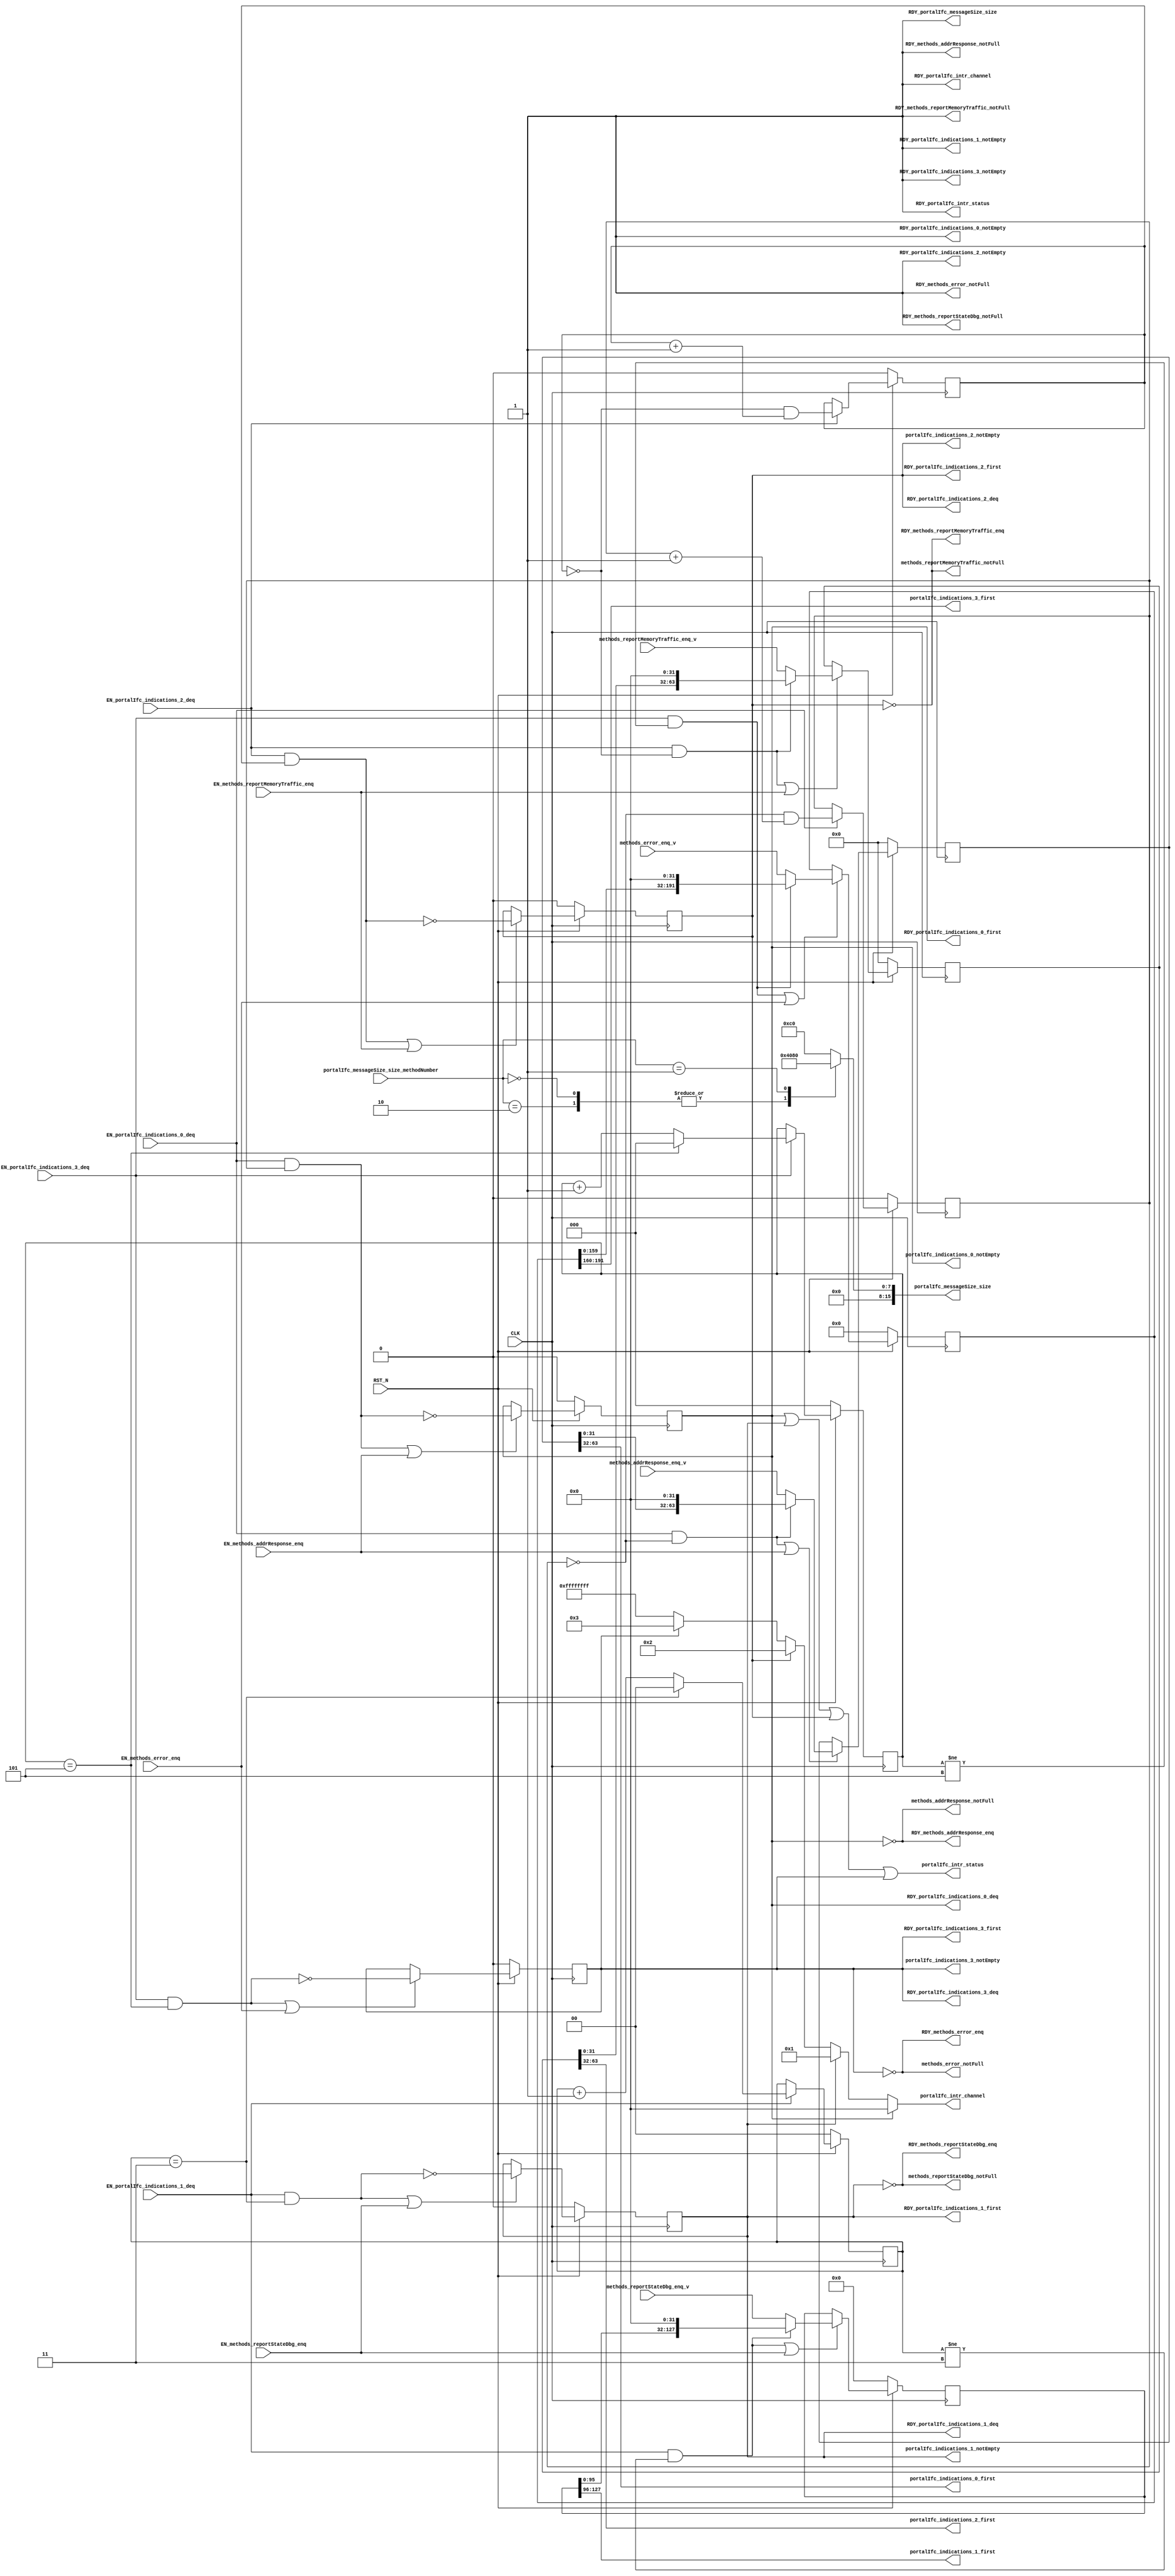
//
// Generated by Bluespec Compiler, version 2023.01 (build 52adafa5)
//
// timestamp removed
//
// BVI format method schedule info:
// schedule methods_addrResponse_enq  CF ( methods_reportStateDbg_enq,
// 					methods_reportStateDbg_notFull,
// 					methods_reportMemoryTraffic_enq,
// 					methods_reportMemoryTraffic_notFull,
// 					methods_error_enq,
// 					methods_error_notFull,
// 					portalIfc_messageSize_size,
// 					portalIfc_indications_0_first,
// 					portalIfc_indications_0_deq,
// 					portalIfc_indications_1_first,
// 					portalIfc_indications_1_deq,
// 					portalIfc_indications_1_notEmpty,
// 					portalIfc_indications_2_first,
// 					portalIfc_indications_2_deq,
// 					portalIfc_indications_2_notEmpty,
// 					portalIfc_indications_3_first,
// 					portalIfc_indications_3_deq,
// 					portalIfc_indications_3_notEmpty );
// schedule methods_addrResponse_enq  C ( methods_addrResponse_enq );
//
// schedule methods_addrResponse_notFull  CF ( methods_addrResponse_notFull,
// 					    methods_reportStateDbg_enq,
// 					    methods_reportStateDbg_notFull,
// 					    methods_reportMemoryTraffic_enq,
// 					    methods_reportMemoryTraffic_notFull,
// 					    methods_error_enq,
// 					    methods_error_notFull,
// 					    portalIfc_messageSize_size,
// 					    portalIfc_indications_0_first,
// 					    portalIfc_indications_0_notEmpty,
// 					    portalIfc_indications_1_first,
// 					    portalIfc_indications_1_deq,
// 					    portalIfc_indications_1_notEmpty,
// 					    portalIfc_indications_2_first,
// 					    portalIfc_indications_2_deq,
// 					    portalIfc_indications_2_notEmpty,
// 					    portalIfc_indications_3_first,
// 					    portalIfc_indications_3_deq,
// 					    portalIfc_indications_3_notEmpty,
// 					    portalIfc_intr_status,
// 					    portalIfc_intr_channel );
// schedule methods_addrResponse_notFull  SB ( methods_addrResponse_enq,
// 					    portalIfc_indications_0_deq );
//
// schedule methods_reportStateDbg_enq  CF ( methods_addrResponse_enq,
// 					  methods_addrResponse_notFull,
// 					  methods_reportMemoryTraffic_enq,
// 					  methods_reportMemoryTraffic_notFull,
// 					  methods_error_enq,
// 					  methods_error_notFull,
// 					  portalIfc_messageSize_size,
// 					  portalIfc_indications_0_first,
// 					  portalIfc_indications_0_deq,
// 					  portalIfc_indications_0_notEmpty,
// 					  portalIfc_indications_1_first,
// 					  portalIfc_indications_1_deq,
// 					  portalIfc_indications_2_first,
// 					  portalIfc_indications_2_deq,
// 					  portalIfc_indications_2_notEmpty,
// 					  portalIfc_indications_3_first,
// 					  portalIfc_indications_3_deq,
// 					  portalIfc_indications_3_notEmpty );
// schedule methods_reportStateDbg_enq  C ( methods_reportStateDbg_enq );
//
// schedule methods_reportStateDbg_notFull  CF ( methods_addrResponse_enq,
// 					      methods_addrResponse_notFull,
// 					      methods_reportStateDbg_notFull,
// 					      methods_reportMemoryTraffic_enq,
// 					      methods_reportMemoryTraffic_notFull,
// 					      methods_error_enq,
// 					      methods_error_notFull,
// 					      portalIfc_messageSize_size,
// 					      portalIfc_indications_0_first,
// 					      portalIfc_indications_0_deq,
// 					      portalIfc_indications_0_notEmpty,
// 					      portalIfc_indications_1_first,
// 					      portalIfc_indications_1_notEmpty,
// 					      portalIfc_indications_2_first,
// 					      portalIfc_indications_2_deq,
// 					      portalIfc_indications_2_notEmpty,
// 					      portalIfc_indications_3_first,
// 					      portalIfc_indications_3_deq,
// 					      portalIfc_indications_3_notEmpty,
// 					      portalIfc_intr_status,
// 					      portalIfc_intr_channel );
// schedule methods_reportStateDbg_notFull  SB ( methods_reportStateDbg_enq,
// 					      portalIfc_indications_1_deq );
//
// schedule methods_reportMemoryTraffic_enq  CF ( methods_addrResponse_enq,
// 					       methods_addrResponse_notFull,
// 					       methods_reportStateDbg_enq,
// 					       methods_reportStateDbg_notFull,
// 					       methods_error_enq,
// 					       methods_error_notFull,
// 					       portalIfc_messageSize_size,
// 					       portalIfc_indications_0_first,
// 					       portalIfc_indications_0_deq,
// 					       portalIfc_indications_0_notEmpty,
// 					       portalIfc_indications_1_first,
// 					       portalIfc_indications_1_deq,
// 					       portalIfc_indications_1_notEmpty,
// 					       portalIfc_indications_2_first,
// 					       portalIfc_indications_2_deq,
// 					       portalIfc_indications_3_first,
// 					       portalIfc_indications_3_deq,
// 					       portalIfc_indications_3_notEmpty );
// schedule methods_reportMemoryTraffic_enq  C ( methods_reportMemoryTraffic_enq );
//
// schedule methods_reportMemoryTraffic_notFull  CF ( methods_addrResponse_enq,
// 						   methods_addrResponse_notFull,
// 						   methods_reportStateDbg_enq,
// 						   methods_reportStateDbg_notFull,
// 						   methods_reportMemoryTraffic_notFull,
// 						   methods_error_enq,
// 						   methods_error_notFull,
// 						   portalIfc_messageSize_size,
// 						   portalIfc_indications_0_first,
// 						   portalIfc_indications_0_deq,
// 						   portalIfc_indications_0_notEmpty,
// 						   portalIfc_indications_1_first,
// 						   portalIfc_indications_1_deq,
// 						   portalIfc_indications_1_notEmpty,
// 						   portalIfc_indications_2_first,
// 						   portalIfc_indications_2_notEmpty,
// 						   portalIfc_indications_3_first,
// 						   portalIfc_indications_3_deq,
// 						   portalIfc_indications_3_notEmpty,
// 						   portalIfc_intr_status,
// 						   portalIfc_intr_channel );
// schedule methods_reportMemoryTraffic_notFull  SB ( methods_reportMemoryTraffic_enq,
// 						   portalIfc_indications_2_deq );
//
// schedule methods_error_enq  CF ( methods_addrResponse_enq,
// 				 methods_addrResponse_notFull,
// 				 methods_reportStateDbg_enq,
// 				 methods_reportStateDbg_notFull,
// 				 methods_reportMemoryTraffic_enq,
// 				 methods_reportMemoryTraffic_notFull,
// 				 portalIfc_messageSize_size,
// 				 portalIfc_indications_0_first,
// 				 portalIfc_indications_0_deq,
// 				 portalIfc_indications_0_notEmpty,
// 				 portalIfc_indications_1_first,
// 				 portalIfc_indications_1_deq,
// 				 portalIfc_indications_1_notEmpty,
// 				 portalIfc_indications_2_first,
// 				 portalIfc_indications_2_deq,
// 				 portalIfc_indications_2_notEmpty,
// 				 portalIfc_indications_3_first,
// 				 portalIfc_indications_3_deq );
// schedule methods_error_enq  C ( methods_error_enq );
//
// schedule methods_error_notFull  CF ( methods_addrResponse_enq,
// 				     methods_addrResponse_notFull,
// 				     methods_reportStateDbg_enq,
// 				     methods_reportStateDbg_notFull,
// 				     methods_reportMemoryTraffic_enq,
// 				     methods_reportMemoryTraffic_notFull,
// 				     methods_error_notFull,
// 				     portalIfc_messageSize_size,
// 				     portalIfc_indications_0_first,
// 				     portalIfc_indications_0_deq,
// 				     portalIfc_indications_0_notEmpty,
// 				     portalIfc_indications_1_first,
// 				     portalIfc_indications_1_deq,
// 				     portalIfc_indications_1_notEmpty,
// 				     portalIfc_indications_2_first,
// 				     portalIfc_indications_2_deq,
// 				     portalIfc_indications_2_notEmpty,
// 				     portalIfc_indications_3_first,
// 				     portalIfc_indications_3_notEmpty,
// 				     portalIfc_intr_status,
// 				     portalIfc_intr_channel );
// schedule methods_error_notFull  SB ( methods_error_enq,
// 				     portalIfc_indications_3_deq );
//
// schedule portalIfc_messageSize_size  CF ( methods_addrResponse_enq,
// 					  methods_addrResponse_notFull,
// 					  methods_reportStateDbg_enq,
// 					  methods_reportStateDbg_notFull,
// 					  methods_reportMemoryTraffic_enq,
// 					  methods_reportMemoryTraffic_notFull,
// 					  methods_error_enq,
// 					  methods_error_notFull,
// 					  portalIfc_messageSize_size,
// 					  portalIfc_indications_0_first,
// 					  portalIfc_indications_0_deq,
// 					  portalIfc_indications_0_notEmpty,
// 					  portalIfc_indications_1_first,
// 					  portalIfc_indications_1_deq,
// 					  portalIfc_indications_1_notEmpty,
// 					  portalIfc_indications_2_first,
// 					  portalIfc_indications_2_deq,
// 					  portalIfc_indications_2_notEmpty,
// 					  portalIfc_indications_3_first,
// 					  portalIfc_indications_3_deq,
// 					  portalIfc_indications_3_notEmpty,
// 					  portalIfc_intr_status,
// 					  portalIfc_intr_channel );
//
// schedule portalIfc_indications_0_first  CF ( methods_addrResponse_enq,
// 					     methods_addrResponse_notFull,
// 					     methods_reportStateDbg_enq,
// 					     methods_reportStateDbg_notFull,
// 					     methods_reportMemoryTraffic_enq,
// 					     methods_reportMemoryTraffic_notFull,
// 					     methods_error_enq,
// 					     methods_error_notFull,
// 					     portalIfc_messageSize_size,
// 					     portalIfc_indications_0_first,
// 					     portalIfc_indications_0_notEmpty,
// 					     portalIfc_indications_1_first,
// 					     portalIfc_indications_1_deq,
// 					     portalIfc_indications_1_notEmpty,
// 					     portalIfc_indications_2_first,
// 					     portalIfc_indications_2_deq,
// 					     portalIfc_indications_2_notEmpty,
// 					     portalIfc_indications_3_first,
// 					     portalIfc_indications_3_deq,
// 					     portalIfc_indications_3_notEmpty,
// 					     portalIfc_intr_status,
// 					     portalIfc_intr_channel );
// schedule portalIfc_indications_0_first  SB ( portalIfc_indications_0_deq );
//
// schedule portalIfc_indications_0_deq  CF ( methods_addrResponse_enq,
// 					   methods_reportStateDbg_enq,
// 					   methods_reportStateDbg_notFull,
// 					   methods_reportMemoryTraffic_enq,
// 					   methods_reportMemoryTraffic_notFull,
// 					   methods_error_enq,
// 					   methods_error_notFull,
// 					   portalIfc_messageSize_size,
// 					   portalIfc_indications_1_first,
// 					   portalIfc_indications_1_deq,
// 					   portalIfc_indications_1_notEmpty,
// 					   portalIfc_indications_2_first,
// 					   portalIfc_indications_2_deq,
// 					   portalIfc_indications_2_notEmpty,
// 					   portalIfc_indications_3_first,
// 					   portalIfc_indications_3_deq,
// 					   portalIfc_indications_3_notEmpty );
// schedule portalIfc_indications_0_deq  C ( portalIfc_indications_0_deq );
//
// schedule portalIfc_indications_0_notEmpty  CF ( methods_addrResponse_notFull,
// 						methods_reportStateDbg_enq,
// 						methods_reportStateDbg_notFull,
// 						methods_reportMemoryTraffic_enq,
// 						methods_reportMemoryTraffic_notFull,
// 						methods_error_enq,
// 						methods_error_notFull,
// 						portalIfc_messageSize_size,
// 						portalIfc_indications_0_first,
// 						portalIfc_indications_0_notEmpty,
// 						portalIfc_indications_1_first,
// 						portalIfc_indications_1_deq,
// 						portalIfc_indications_1_notEmpty,
// 						portalIfc_indications_2_first,
// 						portalIfc_indications_2_deq,
// 						portalIfc_indications_2_notEmpty,
// 						portalIfc_indications_3_first,
// 						portalIfc_indications_3_deq,
// 						portalIfc_indications_3_notEmpty,
// 						portalIfc_intr_status,
// 						portalIfc_intr_channel );
// schedule portalIfc_indications_0_notEmpty  SB ( methods_addrResponse_enq,
// 						portalIfc_indications_0_deq );
//
// schedule portalIfc_indications_1_first  CF ( methods_addrResponse_enq,
// 					     methods_addrResponse_notFull,
// 					     methods_reportStateDbg_enq,
// 					     methods_reportStateDbg_notFull,
// 					     methods_reportMemoryTraffic_enq,
// 					     methods_reportMemoryTraffic_notFull,
// 					     methods_error_enq,
// 					     methods_error_notFull,
// 					     portalIfc_messageSize_size,
// 					     portalIfc_indications_0_first,
// 					     portalIfc_indications_0_deq,
// 					     portalIfc_indications_0_notEmpty,
// 					     portalIfc_indications_1_first,
// 					     portalIfc_indications_1_notEmpty,
// 					     portalIfc_indications_2_first,
// 					     portalIfc_indications_2_deq,
// 					     portalIfc_indications_2_notEmpty,
// 					     portalIfc_indications_3_first,
// 					     portalIfc_indications_3_deq,
// 					     portalIfc_indications_3_notEmpty,
// 					     portalIfc_intr_status,
// 					     portalIfc_intr_channel );
// schedule portalIfc_indications_1_first  SB ( portalIfc_indications_1_deq );
//
// schedule portalIfc_indications_1_deq  CF ( methods_addrResponse_enq,
// 					   methods_addrResponse_notFull,
// 					   methods_reportStateDbg_enq,
// 					   methods_reportMemoryTraffic_enq,
// 					   methods_reportMemoryTraffic_notFull,
// 					   methods_error_enq,
// 					   methods_error_notFull,
// 					   portalIfc_messageSize_size,
// 					   portalIfc_indications_0_first,
// 					   portalIfc_indications_0_deq,
// 					   portalIfc_indications_0_notEmpty,
// 					   portalIfc_indications_2_first,
// 					   portalIfc_indications_2_deq,
// 					   portalIfc_indications_2_notEmpty,
// 					   portalIfc_indications_3_first,
// 					   portalIfc_indications_3_deq,
// 					   portalIfc_indications_3_notEmpty );
// schedule portalIfc_indications_1_deq  C ( portalIfc_indications_1_deq );
//
// schedule portalIfc_indications_1_notEmpty  CF ( methods_addrResponse_enq,
// 						methods_addrResponse_notFull,
// 						methods_reportStateDbg_notFull,
// 						methods_reportMemoryTraffic_enq,
// 						methods_reportMemoryTraffic_notFull,
// 						methods_error_enq,
// 						methods_error_notFull,
// 						portalIfc_messageSize_size,
// 						portalIfc_indications_0_first,
// 						portalIfc_indications_0_deq,
// 						portalIfc_indications_0_notEmpty,
// 						portalIfc_indications_1_first,
// 						portalIfc_indications_1_notEmpty,
// 						portalIfc_indications_2_first,
// 						portalIfc_indications_2_deq,
// 						portalIfc_indications_2_notEmpty,
// 						portalIfc_indications_3_first,
// 						portalIfc_indications_3_deq,
// 						portalIfc_indications_3_notEmpty,
// 						portalIfc_intr_status,
// 						portalIfc_intr_channel );
// schedule portalIfc_indications_1_notEmpty  SB ( methods_reportStateDbg_enq,
// 						portalIfc_indications_1_deq );
//
// schedule portalIfc_indications_2_first  CF ( methods_addrResponse_enq,
// 					     methods_addrResponse_notFull,
// 					     methods_reportStateDbg_enq,
// 					     methods_reportStateDbg_notFull,
// 					     methods_reportMemoryTraffic_enq,
// 					     methods_reportMemoryTraffic_notFull,
// 					     methods_error_enq,
// 					     methods_error_notFull,
// 					     portalIfc_messageSize_size,
// 					     portalIfc_indications_0_first,
// 					     portalIfc_indications_0_deq,
// 					     portalIfc_indications_0_notEmpty,
// 					     portalIfc_indications_1_first,
// 					     portalIfc_indications_1_deq,
// 					     portalIfc_indications_1_notEmpty,
// 					     portalIfc_indications_2_first,
// 					     portalIfc_indications_2_notEmpty,
// 					     portalIfc_indications_3_first,
// 					     portalIfc_indications_3_deq,
// 					     portalIfc_indications_3_notEmpty,
// 					     portalIfc_intr_status,
// 					     portalIfc_intr_channel );
// schedule portalIfc_indications_2_first  SB ( portalIfc_indications_2_deq );
//
// schedule portalIfc_indications_2_deq  CF ( methods_addrResponse_enq,
// 					   methods_addrResponse_notFull,
// 					   methods_reportStateDbg_enq,
// 					   methods_reportStateDbg_notFull,
// 					   methods_reportMemoryTraffic_enq,
// 					   methods_error_enq,
// 					   methods_error_notFull,
// 					   portalIfc_messageSize_size,
// 					   portalIfc_indications_0_first,
// 					   portalIfc_indications_0_deq,
// 					   portalIfc_indications_0_notEmpty,
// 					   portalIfc_indications_1_first,
// 					   portalIfc_indications_1_deq,
// 					   portalIfc_indications_1_notEmpty,
// 					   portalIfc_indications_3_first,
// 					   portalIfc_indications_3_deq,
// 					   portalIfc_indications_3_notEmpty );
// schedule portalIfc_indications_2_deq  C ( portalIfc_indications_2_deq );
//
// schedule portalIfc_indications_2_notEmpty  CF ( methods_addrResponse_enq,
// 						methods_addrResponse_notFull,
// 						methods_reportStateDbg_enq,
// 						methods_reportStateDbg_notFull,
// 						methods_reportMemoryTraffic_notFull,
// 						methods_error_enq,
// 						methods_error_notFull,
// 						portalIfc_messageSize_size,
// 						portalIfc_indications_0_first,
// 						portalIfc_indications_0_deq,
// 						portalIfc_indications_0_notEmpty,
// 						portalIfc_indications_1_first,
// 						portalIfc_indications_1_deq,
// 						portalIfc_indications_1_notEmpty,
// 						portalIfc_indications_2_first,
// 						portalIfc_indications_2_notEmpty,
// 						portalIfc_indications_3_first,
// 						portalIfc_indications_3_deq,
// 						portalIfc_indications_3_notEmpty,
// 						portalIfc_intr_status,
// 						portalIfc_intr_channel );
// schedule portalIfc_indications_2_notEmpty  SB ( methods_reportMemoryTraffic_enq,
// 						portalIfc_indications_2_deq );
//
// schedule portalIfc_indications_3_first  CF ( methods_addrResponse_enq,
// 					     methods_addrResponse_notFull,
// 					     methods_reportStateDbg_enq,
// 					     methods_reportStateDbg_notFull,
// 					     methods_reportMemoryTraffic_enq,
// 					     methods_reportMemoryTraffic_notFull,
// 					     methods_error_enq,
// 					     methods_error_notFull,
// 					     portalIfc_messageSize_size,
// 					     portalIfc_indications_0_first,
// 					     portalIfc_indications_0_deq,
// 					     portalIfc_indications_0_notEmpty,
// 					     portalIfc_indications_1_first,
// 					     portalIfc_indications_1_deq,
// 					     portalIfc_indications_1_notEmpty,
// 					     portalIfc_indications_2_first,
// 					     portalIfc_indications_2_deq,
// 					     portalIfc_indications_2_notEmpty,
// 					     portalIfc_indications_3_first,
// 					     portalIfc_indications_3_notEmpty,
// 					     portalIfc_intr_status,
// 					     portalIfc_intr_channel );
// schedule portalIfc_indications_3_first  SB ( portalIfc_indications_3_deq );
//
// schedule portalIfc_indications_3_deq  CF ( methods_addrResponse_enq,
// 					   methods_addrResponse_notFull,
// 					   methods_reportStateDbg_enq,
// 					   methods_reportStateDbg_notFull,
// 					   methods_reportMemoryTraffic_enq,
// 					   methods_reportMemoryTraffic_notFull,
// 					   methods_error_enq,
// 					   portalIfc_messageSize_size,
// 					   portalIfc_indications_0_first,
// 					   portalIfc_indications_0_deq,
// 					   portalIfc_indications_0_notEmpty,
// 					   portalIfc_indications_1_first,
// 					   portalIfc_indications_1_deq,
// 					   portalIfc_indications_1_notEmpty,
// 					   portalIfc_indications_2_first,
// 					   portalIfc_indications_2_deq,
// 					   portalIfc_indications_2_notEmpty );
// schedule portalIfc_indications_3_deq  C ( portalIfc_indications_3_deq );
//
// schedule portalIfc_indications_3_notEmpty  CF ( methods_addrResponse_enq,
// 						methods_addrResponse_notFull,
// 						methods_reportStateDbg_enq,
// 						methods_reportStateDbg_notFull,
// 						methods_reportMemoryTraffic_enq,
// 						methods_reportMemoryTraffic_notFull,
// 						methods_error_notFull,
// 						portalIfc_messageSize_size,
// 						portalIfc_indications_0_first,
// 						portalIfc_indications_0_deq,
// 						portalIfc_indications_0_notEmpty,
// 						portalIfc_indications_1_first,
// 						portalIfc_indications_1_deq,
// 						portalIfc_indications_1_notEmpty,
// 						portalIfc_indications_2_first,
// 						portalIfc_indications_2_deq,
// 						portalIfc_indications_2_notEmpty,
// 						portalIfc_indications_3_first,
// 						portalIfc_indications_3_notEmpty,
// 						portalIfc_intr_status,
// 						portalIfc_intr_channel );
// schedule portalIfc_indications_3_notEmpty  SB ( methods_error_enq,
// 						portalIfc_indications_3_deq );
//
// schedule portalIfc_intr_status  CF ( methods_addrResponse_notFull,
// 				     methods_reportStateDbg_notFull,
// 				     methods_reportMemoryTraffic_notFull,
// 				     methods_error_notFull,
// 				     portalIfc_messageSize_size,
// 				     portalIfc_indications_0_first,
// 				     portalIfc_indications_0_notEmpty,
// 				     portalIfc_indications_1_first,
// 				     portalIfc_indications_1_notEmpty,
// 				     portalIfc_indications_2_first,
// 				     portalIfc_indications_2_notEmpty,
// 				     portalIfc_indications_3_first,
// 				     portalIfc_indications_3_notEmpty,
// 				     portalIfc_intr_status,
// 				     portalIfc_intr_channel );
// schedule portalIfc_intr_status  SB ( methods_addrResponse_enq,
// 				     methods_reportStateDbg_enq,
// 				     methods_reportMemoryTraffic_enq,
// 				     methods_error_enq,
// 				     portalIfc_indications_0_deq,
// 				     portalIfc_indications_1_deq,
// 				     portalIfc_indications_2_deq,
// 				     portalIfc_indications_3_deq );
//
// schedule portalIfc_intr_channel  CF ( methods_addrResponse_notFull,
// 				      methods_reportStateDbg_notFull,
// 				      methods_reportMemoryTraffic_notFull,
// 				      methods_error_notFull,
// 				      portalIfc_messageSize_size,
// 				      portalIfc_indications_0_first,
// 				      portalIfc_indications_0_notEmpty,
// 				      portalIfc_indications_1_first,
// 				      portalIfc_indications_1_notEmpty,
// 				      portalIfc_indications_2_first,
// 				      portalIfc_indications_2_notEmpty,
// 				      portalIfc_indications_3_first,
// 				      portalIfc_indications_3_notEmpty,
// 				      portalIfc_intr_status,
// 				      portalIfc_intr_channel );
// schedule portalIfc_intr_channel  SB ( methods_addrResponse_enq,
// 				      methods_reportStateDbg_enq,
// 				      methods_reportMemoryTraffic_enq,
// 				      methods_error_enq,
// 				      portalIfc_indications_0_deq,
// 				      portalIfc_indications_1_deq,
// 				      portalIfc_indications_2_deq,
// 				      portalIfc_indications_3_deq );
//
//
// Ports:
// Name                         I/O  size props
// RDY_methods_addrResponse_enq   O     1
// methods_addrResponse_notFull   O     1
// RDY_methods_addrResponse_notFull  O     1 const
// RDY_methods_reportStateDbg_enq  O     1
// methods_reportStateDbg_notFull  O     1
// RDY_methods_reportStateDbg_notFull  O     1 const
// RDY_methods_reportMemoryTraffic_enq  O     1
// methods_reportMemoryTraffic_notFull  O     1
// RDY_methods_reportMemoryTraffic_notFull  O     1 const
// RDY_methods_error_enq          O     1
// methods_error_notFull          O     1
// RDY_methods_error_notFull      O     1 const
// portalIfc_messageSize_size     O    16
// RDY_portalIfc_messageSize_size  O     1 const
// portalIfc_indications_0_first  O    32 reg
// RDY_portalIfc_indications_0_first  O     1 reg
// RDY_portalIfc_indications_0_deq  O     1 reg
// portalIfc_indications_0_notEmpty  O     1 reg
// RDY_portalIfc_indications_0_notEmpty  O     1 const
// portalIfc_indications_1_first  O    32 reg
// RDY_portalIfc_indications_1_first  O     1 reg
// RDY_portalIfc_indications_1_deq  O     1 reg
// portalIfc_indications_1_notEmpty  O     1 reg
// RDY_portalIfc_indications_1_notEmpty  O     1 const
// portalIfc_indications_2_first  O    32 reg
// RDY_portalIfc_indications_2_first  O     1 reg
// RDY_portalIfc_indications_2_deq  O     1 reg
// portalIfc_indications_2_notEmpty  O     1 reg
// RDY_portalIfc_indications_2_notEmpty  O     1 const
// portalIfc_indications_3_first  O    32 reg
// RDY_portalIfc_indications_3_first  O     1 reg
// RDY_portalIfc_indications_3_deq  O     1 reg
// portalIfc_indications_3_notEmpty  O     1 reg
// RDY_portalIfc_indications_3_notEmpty  O     1 const
// portalIfc_intr_status          O     1
// RDY_portalIfc_intr_status      O     1 const
// portalIfc_intr_channel         O    32
// RDY_portalIfc_intr_channel     O     1 const
// CLK                            I     1 clock
// RST_N                          I     1 reset
// methods_addrResponse_enq_v     I    64
// methods_reportStateDbg_enq_v   I   128
// methods_reportMemoryTraffic_enq_v  I    64
// methods_error_enq_v            I   192
// portalIfc_messageSize_size_methodNumber  I    16
// EN_methods_addrResponse_enq    I     1
// EN_methods_reportStateDbg_enq  I     1
// EN_methods_reportMemoryTraffic_enq  I     1
// EN_methods_error_enq           I     1
// EN_portalIfc_indications_0_deq  I     1
// EN_portalIfc_indications_1_deq  I     1
// EN_portalIfc_indications_2_deq  I     1
// EN_portalIfc_indications_3_deq  I     1
//
// Combinational paths from inputs to outputs:
//   portalIfc_messageSize_size_methodNumber -> portalIfc_messageSize_size
//
//

`ifdef BSV_ASSIGNMENT_DELAY
`else
  `define BSV_ASSIGNMENT_DELAY
`endif

`ifdef BSV_POSITIVE_RESET
  `define BSV_RESET_VALUE 1'b1
  `define BSV_RESET_EDGE posedge
`else
  `define BSV_RESET_VALUE 1'b0
  `define BSV_RESET_EDGE negedge
`endif

module mkMemServerIndicationOutputPipes(CLK,
					RST_N,

					methods_addrResponse_enq_v,
					EN_methods_addrResponse_enq,
					RDY_methods_addrResponse_enq,

					methods_addrResponse_notFull,
					RDY_methods_addrResponse_notFull,

					methods_reportStateDbg_enq_v,
					EN_methods_reportStateDbg_enq,
					RDY_methods_reportStateDbg_enq,

					methods_reportStateDbg_notFull,
					RDY_methods_reportStateDbg_notFull,

					methods_reportMemoryTraffic_enq_v,
					EN_methods_reportMemoryTraffic_enq,
					RDY_methods_reportMemoryTraffic_enq,

					methods_reportMemoryTraffic_notFull,
					RDY_methods_reportMemoryTraffic_notFull,

					methods_error_enq_v,
					EN_methods_error_enq,
					RDY_methods_error_enq,

					methods_error_notFull,
					RDY_methods_error_notFull,

					portalIfc_messageSize_size_methodNumber,
					portalIfc_messageSize_size,
					RDY_portalIfc_messageSize_size,

					portalIfc_indications_0_first,
					RDY_portalIfc_indications_0_first,

					EN_portalIfc_indications_0_deq,
					RDY_portalIfc_indications_0_deq,

					portalIfc_indications_0_notEmpty,
					RDY_portalIfc_indications_0_notEmpty,

					portalIfc_indications_1_first,
					RDY_portalIfc_indications_1_first,

					EN_portalIfc_indications_1_deq,
					RDY_portalIfc_indications_1_deq,

					portalIfc_indications_1_notEmpty,
					RDY_portalIfc_indications_1_notEmpty,

					portalIfc_indications_2_first,
					RDY_portalIfc_indications_2_first,

					EN_portalIfc_indications_2_deq,
					RDY_portalIfc_indications_2_deq,

					portalIfc_indications_2_notEmpty,
					RDY_portalIfc_indications_2_notEmpty,

					portalIfc_indications_3_first,
					RDY_portalIfc_indications_3_first,

					EN_portalIfc_indications_3_deq,
					RDY_portalIfc_indications_3_deq,

					portalIfc_indications_3_notEmpty,
					RDY_portalIfc_indications_3_notEmpty,

					portalIfc_intr_status,
					RDY_portalIfc_intr_status,

					portalIfc_intr_channel,
					RDY_portalIfc_intr_channel);
  input  CLK;
  input  RST_N;

  // action method methods_addrResponse_enq
  input  [63 : 0] methods_addrResponse_enq_v;
  input  EN_methods_addrResponse_enq;
  output RDY_methods_addrResponse_enq;

  // value method methods_addrResponse_notFull
  output methods_addrResponse_notFull;
  output RDY_methods_addrResponse_notFull;

  // action method methods_reportStateDbg_enq
  input  [127 : 0] methods_reportStateDbg_enq_v;
  input  EN_methods_reportStateDbg_enq;
  output RDY_methods_reportStateDbg_enq;

  // value method methods_reportStateDbg_notFull
  output methods_reportStateDbg_notFull;
  output RDY_methods_reportStateDbg_notFull;

  // action method methods_reportMemoryTraffic_enq
  input  [63 : 0] methods_reportMemoryTraffic_enq_v;
  input  EN_methods_reportMemoryTraffic_enq;
  output RDY_methods_reportMemoryTraffic_enq;

  // value method methods_reportMemoryTraffic_notFull
  output methods_reportMemoryTraffic_notFull;
  output RDY_methods_reportMemoryTraffic_notFull;

  // action method methods_error_enq
  input  [191 : 0] methods_error_enq_v;
  input  EN_methods_error_enq;
  output RDY_methods_error_enq;

  // value method methods_error_notFull
  output methods_error_notFull;
  output RDY_methods_error_notFull;

  // value method portalIfc_messageSize_size
  input  [15 : 0] portalIfc_messageSize_size_methodNumber;
  output [15 : 0] portalIfc_messageSize_size;
  output RDY_portalIfc_messageSize_size;

  // value method portalIfc_indications_0_first
  output [31 : 0] portalIfc_indications_0_first;
  output RDY_portalIfc_indications_0_first;

  // action method portalIfc_indications_0_deq
  input  EN_portalIfc_indications_0_deq;
  output RDY_portalIfc_indications_0_deq;

  // value method portalIfc_indications_0_notEmpty
  output portalIfc_indications_0_notEmpty;
  output RDY_portalIfc_indications_0_notEmpty;

  // value method portalIfc_indications_1_first
  output [31 : 0] portalIfc_indications_1_first;
  output RDY_portalIfc_indications_1_first;

  // action method portalIfc_indications_1_deq
  input  EN_portalIfc_indications_1_deq;
  output RDY_portalIfc_indications_1_deq;

  // value method portalIfc_indications_1_notEmpty
  output portalIfc_indications_1_notEmpty;
  output RDY_portalIfc_indications_1_notEmpty;

  // value method portalIfc_indications_2_first
  output [31 : 0] portalIfc_indications_2_first;
  output RDY_portalIfc_indications_2_first;

  // action method portalIfc_indications_2_deq
  input  EN_portalIfc_indications_2_deq;
  output RDY_portalIfc_indications_2_deq;

  // value method portalIfc_indications_2_notEmpty
  output portalIfc_indications_2_notEmpty;
  output RDY_portalIfc_indications_2_notEmpty;

  // value method portalIfc_indications_3_first
  output [31 : 0] portalIfc_indications_3_first;
  output RDY_portalIfc_indications_3_first;

  // action method portalIfc_indications_3_deq
  input  EN_portalIfc_indications_3_deq;
  output RDY_portalIfc_indications_3_deq;

  // value method portalIfc_indications_3_notEmpty
  output portalIfc_indications_3_notEmpty;
  output RDY_portalIfc_indications_3_notEmpty;

  // value method portalIfc_intr_status
  output portalIfc_intr_status;
  output RDY_portalIfc_intr_status;

  // value method portalIfc_intr_channel
  output [31 : 0] portalIfc_intr_channel;
  output RDY_portalIfc_intr_channel;

  // signals for module outputs
  reg [15 : 0] portalIfc_messageSize_size;
  wire [31 : 0] portalIfc_indications_0_first,
		portalIfc_indications_1_first,
		portalIfc_indications_2_first,
		portalIfc_indications_3_first,
		portalIfc_intr_channel;
  wire RDY_methods_addrResponse_enq,
       RDY_methods_addrResponse_notFull,
       RDY_methods_error_enq,
       RDY_methods_error_notFull,
       RDY_methods_reportMemoryTraffic_enq,
       RDY_methods_reportMemoryTraffic_notFull,
       RDY_methods_reportStateDbg_enq,
       RDY_methods_reportStateDbg_notFull,
       RDY_portalIfc_indications_0_deq,
       RDY_portalIfc_indications_0_first,
       RDY_portalIfc_indications_0_notEmpty,
       RDY_portalIfc_indications_1_deq,
       RDY_portalIfc_indications_1_first,
       RDY_portalIfc_indications_1_notEmpty,
       RDY_portalIfc_indications_2_deq,
       RDY_portalIfc_indications_2_first,
       RDY_portalIfc_indications_2_notEmpty,
       RDY_portalIfc_indications_3_deq,
       RDY_portalIfc_indications_3_first,
       RDY_portalIfc_indications_3_notEmpty,
       RDY_portalIfc_intr_channel,
       RDY_portalIfc_intr_status,
       RDY_portalIfc_messageSize_size,
       methods_addrResponse_notFull,
       methods_error_notFull,
       methods_reportMemoryTraffic_notFull,
       methods_reportStateDbg_notFull,
       portalIfc_indications_0_notEmpty,
       portalIfc_indications_1_notEmpty,
       portalIfc_indications_2_notEmpty,
       portalIfc_indications_3_notEmpty,
       portalIfc_intr_status;

  // register addrResponse_responseAdapter_bits
  reg [63 : 0] addrResponse_responseAdapter_bits;
  wire [63 : 0] addrResponse_responseAdapter_bits_D_IN;
  wire addrResponse_responseAdapter_bits_EN;

  // register addrResponse_responseAdapter_count
  reg addrResponse_responseAdapter_count;
  wire addrResponse_responseAdapter_count_D_IN,
       addrResponse_responseAdapter_count_EN;

  // register addrResponse_responseAdapter_notEmptyReg
  reg addrResponse_responseAdapter_notEmptyReg;
  wire addrResponse_responseAdapter_notEmptyReg_D_IN,
       addrResponse_responseAdapter_notEmptyReg_EN;

  // register addrResponse_responseAdapter_shift
  reg [6 : 0] addrResponse_responseAdapter_shift;
  wire [6 : 0] addrResponse_responseAdapter_shift_D_IN;
  wire addrResponse_responseAdapter_shift_EN;

  // register error_responseAdapter_bits
  reg [191 : 0] error_responseAdapter_bits;
  wire [191 : 0] error_responseAdapter_bits_D_IN;
  wire error_responseAdapter_bits_EN;

  // register error_responseAdapter_count
  reg [2 : 0] error_responseAdapter_count;
  wire [2 : 0] error_responseAdapter_count_D_IN;
  wire error_responseAdapter_count_EN;

  // register error_responseAdapter_notEmptyReg
  reg error_responseAdapter_notEmptyReg;
  wire error_responseAdapter_notEmptyReg_D_IN,
       error_responseAdapter_notEmptyReg_EN;

  // register error_responseAdapter_shift
  reg [8 : 0] error_responseAdapter_shift;
  wire [8 : 0] error_responseAdapter_shift_D_IN;
  wire error_responseAdapter_shift_EN;

  // register reportMemoryTraffic_responseAdapter_bits
  reg [63 : 0] reportMemoryTraffic_responseAdapter_bits;
  wire [63 : 0] reportMemoryTraffic_responseAdapter_bits_D_IN;
  wire reportMemoryTraffic_responseAdapter_bits_EN;

  // register reportMemoryTraffic_responseAdapter_count
  reg reportMemoryTraffic_responseAdapter_count;
  wire reportMemoryTraffic_responseAdapter_count_D_IN,
       reportMemoryTraffic_responseAdapter_count_EN;

  // register reportMemoryTraffic_responseAdapter_notEmptyReg
  reg reportMemoryTraffic_responseAdapter_notEmptyReg;
  wire reportMemoryTraffic_responseAdapter_notEmptyReg_D_IN,
       reportMemoryTraffic_responseAdapter_notEmptyReg_EN;

  // register reportMemoryTraffic_responseAdapter_shift
  reg [6 : 0] reportMemoryTraffic_responseAdapter_shift;
  wire [6 : 0] reportMemoryTraffic_responseAdapter_shift_D_IN;
  wire reportMemoryTraffic_responseAdapter_shift_EN;

  // register reportStateDbg_responseAdapter_bits
  reg [127 : 0] reportStateDbg_responseAdapter_bits;
  wire [127 : 0] reportStateDbg_responseAdapter_bits_D_IN;
  wire reportStateDbg_responseAdapter_bits_EN;

  // register reportStateDbg_responseAdapter_count
  reg [1 : 0] reportStateDbg_responseAdapter_count;
  wire [1 : 0] reportStateDbg_responseAdapter_count_D_IN;
  wire reportStateDbg_responseAdapter_count_EN;

  // register reportStateDbg_responseAdapter_notEmptyReg
  reg reportStateDbg_responseAdapter_notEmptyReg;
  wire reportStateDbg_responseAdapter_notEmptyReg_D_IN,
       reportStateDbg_responseAdapter_notEmptyReg_EN;

  // register reportStateDbg_responseAdapter_shift
  reg [7 : 0] reportStateDbg_responseAdapter_shift;
  wire [7 : 0] reportStateDbg_responseAdapter_shift_D_IN;
  wire reportStateDbg_responseAdapter_shift_EN;

  // inputs to muxes for submodule ports
  wire [191 : 0] MUX_error_responseAdapter_bits_write_1__VAL_1;
  wire [127 : 0] MUX_reportStateDbg_responseAdapter_bits_write_1__VAL_1;
  wire [63 : 0] MUX_addrResponse_responseAdapter_bits_write_1__VAL_1,
		MUX_reportMemoryTraffic_responseAdapter_bits_write_1__VAL_1;
  wire MUX_addrResponse_responseAdapter_bits_write_1__SEL_1,
       MUX_addrResponse_responseAdapter_notEmptyReg_write_1__SEL_1,
       MUX_error_responseAdapter_bits_write_1__SEL_1,
       MUX_error_responseAdapter_notEmptyReg_write_1__SEL_1,
       MUX_reportMemoryTraffic_responseAdapter_bits_write_1__SEL_1,
       MUX_reportMemoryTraffic_responseAdapter_notEmptyReg_write_1__SEL_1,
       MUX_reportStateDbg_responseAdapter_bits_write_1__SEL_1,
       MUX_reportStateDbg_responseAdapter_notEmptyReg_write_1__SEL_1;

  // remaining internal signals
  wire [31 : 0] IF_reportStateDbg_responseAdapter_notEmptyReg__ETC___d58;
  wire [2 : 0] x__h1783;
  wire [1 : 0] x__h1465;
  wire x__h1305, x__h1624;

  // action method methods_addrResponse_enq
  assign RDY_methods_addrResponse_enq =
	     !addrResponse_responseAdapter_notEmptyReg ;

  // value method methods_addrResponse_notFull
  assign methods_addrResponse_notFull =
	     !addrResponse_responseAdapter_notEmptyReg ;
  assign RDY_methods_addrResponse_notFull = 1'd1 ;

  // action method methods_reportStateDbg_enq
  assign RDY_methods_reportStateDbg_enq =
	     !reportStateDbg_responseAdapter_notEmptyReg ;

  // value method methods_reportStateDbg_notFull
  assign methods_reportStateDbg_notFull =
	     !reportStateDbg_responseAdapter_notEmptyReg ;
  assign RDY_methods_reportStateDbg_notFull = 1'd1 ;

  // action method methods_reportMemoryTraffic_enq
  assign RDY_methods_reportMemoryTraffic_enq =
	     !reportMemoryTraffic_responseAdapter_notEmptyReg ;

  // value method methods_reportMemoryTraffic_notFull
  assign methods_reportMemoryTraffic_notFull =
	     !reportMemoryTraffic_responseAdapter_notEmptyReg ;
  assign RDY_methods_reportMemoryTraffic_notFull = 1'd1 ;

  // action method methods_error_enq
  assign RDY_methods_error_enq = !error_responseAdapter_notEmptyReg ;

  // value method methods_error_notFull
  assign methods_error_notFull = !error_responseAdapter_notEmptyReg ;
  assign RDY_methods_error_notFull = 1'd1 ;

  // value method portalIfc_messageSize_size
  always@(portalIfc_messageSize_size_methodNumber)
  begin
    case (portalIfc_messageSize_size_methodNumber)
      16'd0, 16'd2: portalIfc_messageSize_size = 16'd64;
      16'd1: portalIfc_messageSize_size = 16'd128;
      default: portalIfc_messageSize_size = 16'd192;
    endcase
  end
  assign RDY_portalIfc_messageSize_size = 1'd1 ;

  // value method portalIfc_indications_0_first
  assign portalIfc_indications_0_first =
	     addrResponse_responseAdapter_bits[63:32] ;
  assign RDY_portalIfc_indications_0_first =
	     addrResponse_responseAdapter_notEmptyReg ;

  // action method portalIfc_indications_0_deq
  assign RDY_portalIfc_indications_0_deq =
	     addrResponse_responseAdapter_notEmptyReg ;

  // value method portalIfc_indications_0_notEmpty
  assign portalIfc_indications_0_notEmpty =
	     addrResponse_responseAdapter_notEmptyReg ;
  assign RDY_portalIfc_indications_0_notEmpty = 1'd1 ;

  // value method portalIfc_indications_1_first
  assign portalIfc_indications_1_first =
	     reportStateDbg_responseAdapter_bits[127:96] ;
  assign RDY_portalIfc_indications_1_first =
	     reportStateDbg_responseAdapter_notEmptyReg ;

  // action method portalIfc_indications_1_deq
  assign RDY_portalIfc_indications_1_deq =
	     reportStateDbg_responseAdapter_notEmptyReg ;

  // value method portalIfc_indications_1_notEmpty
  assign portalIfc_indications_1_notEmpty =
	     reportStateDbg_responseAdapter_notEmptyReg ;
  assign RDY_portalIfc_indications_1_notEmpty = 1'd1 ;

  // value method portalIfc_indications_2_first
  assign portalIfc_indications_2_first =
	     reportMemoryTraffic_responseAdapter_bits[63:32] ;
  assign RDY_portalIfc_indications_2_first =
	     reportMemoryTraffic_responseAdapter_notEmptyReg ;

  // action method portalIfc_indications_2_deq
  assign RDY_portalIfc_indications_2_deq =
	     reportMemoryTraffic_responseAdapter_notEmptyReg ;

  // value method portalIfc_indications_2_notEmpty
  assign portalIfc_indications_2_notEmpty =
	     reportMemoryTraffic_responseAdapter_notEmptyReg ;
  assign RDY_portalIfc_indications_2_notEmpty = 1'd1 ;

  // value method portalIfc_indications_3_first
  assign portalIfc_indications_3_first = error_responseAdapter_bits[191:160] ;
  assign RDY_portalIfc_indications_3_first =
	     error_responseAdapter_notEmptyReg ;

  // action method portalIfc_indications_3_deq
  assign RDY_portalIfc_indications_3_deq = error_responseAdapter_notEmptyReg ;

  // value method portalIfc_indications_3_notEmpty
  assign portalIfc_indications_3_notEmpty =
	     error_responseAdapter_notEmptyReg ;
  assign RDY_portalIfc_indications_3_notEmpty = 1'd1 ;

  // value method portalIfc_intr_status
  assign portalIfc_intr_status =
	     addrResponse_responseAdapter_notEmptyReg ||
	     reportStateDbg_responseAdapter_notEmptyReg ||
	     reportMemoryTraffic_responseAdapter_notEmptyReg ||
	     error_responseAdapter_notEmptyReg ;
  assign RDY_portalIfc_intr_status = 1'd1 ;

  // value method portalIfc_intr_channel
  assign portalIfc_intr_channel =
	     addrResponse_responseAdapter_notEmptyReg ?
	       32'd0 :
	       IF_reportStateDbg_responseAdapter_notEmptyReg__ETC___d58 ;
  assign RDY_portalIfc_intr_channel = 1'd1 ;

  // inputs to muxes for submodule ports
  assign MUX_addrResponse_responseAdapter_bits_write_1__SEL_1 =
	     EN_portalIfc_indications_0_deq &&
	     !addrResponse_responseAdapter_count ;
  assign MUX_addrResponse_responseAdapter_notEmptyReg_write_1__SEL_1 =
	     EN_portalIfc_indications_0_deq &&
	     addrResponse_responseAdapter_count ;
  assign MUX_error_responseAdapter_bits_write_1__SEL_1 =
	     EN_portalIfc_indications_3_deq &&
	     error_responseAdapter_count != 3'd5 ;
  assign MUX_error_responseAdapter_notEmptyReg_write_1__SEL_1 =
	     EN_portalIfc_indications_3_deq &&
	     error_responseAdapter_count == 3'd5 ;
  assign MUX_reportMemoryTraffic_responseAdapter_bits_write_1__SEL_1 =
	     EN_portalIfc_indications_2_deq &&
	     !reportMemoryTraffic_responseAdapter_count ;
  assign MUX_reportMemoryTraffic_responseAdapter_notEmptyReg_write_1__SEL_1 =
	     EN_portalIfc_indications_2_deq &&
	     reportMemoryTraffic_responseAdapter_count ;
  assign MUX_reportStateDbg_responseAdapter_bits_write_1__SEL_1 =
	     EN_portalIfc_indications_1_deq &&
	     reportStateDbg_responseAdapter_count != 2'd3 ;
  assign MUX_reportStateDbg_responseAdapter_notEmptyReg_write_1__SEL_1 =
	     EN_portalIfc_indications_1_deq &&
	     reportStateDbg_responseAdapter_count == 2'd3 ;
  assign MUX_addrResponse_responseAdapter_bits_write_1__VAL_1 =
	     { addrResponse_responseAdapter_bits[31:0], 32'd0 } ;
  assign MUX_error_responseAdapter_bits_write_1__VAL_1 =
	     { error_responseAdapter_bits[159:0], 32'd0 } ;
  assign MUX_reportMemoryTraffic_responseAdapter_bits_write_1__VAL_1 =
	     { reportMemoryTraffic_responseAdapter_bits[31:0], 32'd0 } ;
  assign MUX_reportStateDbg_responseAdapter_bits_write_1__VAL_1 =
	     { reportStateDbg_responseAdapter_bits[95:0], 32'd0 } ;

  // register addrResponse_responseAdapter_bits
  assign addrResponse_responseAdapter_bits_D_IN =
	     MUX_addrResponse_responseAdapter_bits_write_1__SEL_1 ?
	       MUX_addrResponse_responseAdapter_bits_write_1__VAL_1 :
	       methods_addrResponse_enq_v ;
  assign addrResponse_responseAdapter_bits_EN =
	     EN_portalIfc_indications_0_deq &&
	     !addrResponse_responseAdapter_count ||
	     EN_methods_addrResponse_enq ;

  // register addrResponse_responseAdapter_count
  assign addrResponse_responseAdapter_count_D_IN =
	     !addrResponse_responseAdapter_count && x__h1305 ;
  assign addrResponse_responseAdapter_count_EN =
	     EN_portalIfc_indications_0_deq ;

  // register addrResponse_responseAdapter_notEmptyReg
  assign addrResponse_responseAdapter_notEmptyReg_D_IN =
	     !MUX_addrResponse_responseAdapter_notEmptyReg_write_1__SEL_1 ;
  assign addrResponse_responseAdapter_notEmptyReg_EN =
	     EN_portalIfc_indications_0_deq &&
	     addrResponse_responseAdapter_count ||
	     EN_methods_addrResponse_enq ;

  // register addrResponse_responseAdapter_shift
  assign addrResponse_responseAdapter_shift_D_IN =
	     addrResponse_responseAdapter_shift + 7'd32 ;
  assign addrResponse_responseAdapter_shift_EN =
	     MUX_addrResponse_responseAdapter_bits_write_1__SEL_1 ;

  // register error_responseAdapter_bits
  assign error_responseAdapter_bits_D_IN =
	     MUX_error_responseAdapter_bits_write_1__SEL_1 ?
	       MUX_error_responseAdapter_bits_write_1__VAL_1 :
	       methods_error_enq_v ;
  assign error_responseAdapter_bits_EN =
	     EN_portalIfc_indications_3_deq &&
	     error_responseAdapter_count != 3'd5 ||
	     EN_methods_error_enq ;

  // register error_responseAdapter_count
  assign error_responseAdapter_count_D_IN =
	     (error_responseAdapter_count == 3'd5) ? 3'd0 : x__h1783 ;
  assign error_responseAdapter_count_EN = EN_portalIfc_indications_3_deq ;

  // register error_responseAdapter_notEmptyReg
  assign error_responseAdapter_notEmptyReg_D_IN =
	     !MUX_error_responseAdapter_notEmptyReg_write_1__SEL_1 ;
  assign error_responseAdapter_notEmptyReg_EN =
	     EN_portalIfc_indications_3_deq &&
	     error_responseAdapter_count == 3'd5 ||
	     EN_methods_error_enq ;

  // register error_responseAdapter_shift
  assign error_responseAdapter_shift_D_IN =
	     error_responseAdapter_shift + 9'd32 ;
  assign error_responseAdapter_shift_EN =
	     MUX_error_responseAdapter_bits_write_1__SEL_1 ;

  // register reportMemoryTraffic_responseAdapter_bits
  assign reportMemoryTraffic_responseAdapter_bits_D_IN =
	     MUX_reportMemoryTraffic_responseAdapter_bits_write_1__SEL_1 ?
	       MUX_reportMemoryTraffic_responseAdapter_bits_write_1__VAL_1 :
	       methods_reportMemoryTraffic_enq_v ;
  assign reportMemoryTraffic_responseAdapter_bits_EN =
	     EN_portalIfc_indications_2_deq &&
	     !reportMemoryTraffic_responseAdapter_count ||
	     EN_methods_reportMemoryTraffic_enq ;

  // register reportMemoryTraffic_responseAdapter_count
  assign reportMemoryTraffic_responseAdapter_count_D_IN =
	     !reportMemoryTraffic_responseAdapter_count && x__h1624 ;
  assign reportMemoryTraffic_responseAdapter_count_EN =
	     EN_portalIfc_indications_2_deq ;

  // register reportMemoryTraffic_responseAdapter_notEmptyReg
  assign reportMemoryTraffic_responseAdapter_notEmptyReg_D_IN =
	     !MUX_reportMemoryTraffic_responseAdapter_notEmptyReg_write_1__SEL_1 ;
  assign reportMemoryTraffic_responseAdapter_notEmptyReg_EN =
	     EN_portalIfc_indications_2_deq &&
	     reportMemoryTraffic_responseAdapter_count ||
	     EN_methods_reportMemoryTraffic_enq ;

  // register reportMemoryTraffic_responseAdapter_shift
  assign reportMemoryTraffic_responseAdapter_shift_D_IN =
	     reportMemoryTraffic_responseAdapter_shift + 7'd32 ;
  assign reportMemoryTraffic_responseAdapter_shift_EN =
	     MUX_reportMemoryTraffic_responseAdapter_bits_write_1__SEL_1 ;

  // register reportStateDbg_responseAdapter_bits
  assign reportStateDbg_responseAdapter_bits_D_IN =
	     MUX_reportStateDbg_responseAdapter_bits_write_1__SEL_1 ?
	       MUX_reportStateDbg_responseAdapter_bits_write_1__VAL_1 :
	       methods_reportStateDbg_enq_v ;
  assign reportStateDbg_responseAdapter_bits_EN =
	     EN_portalIfc_indications_1_deq &&
	     reportStateDbg_responseAdapter_count != 2'd3 ||
	     EN_methods_reportStateDbg_enq ;

  // register reportStateDbg_responseAdapter_count
  assign reportStateDbg_responseAdapter_count_D_IN =
	     (reportStateDbg_responseAdapter_count == 2'd3) ?
	       2'd0 :
	       x__h1465 ;
  assign reportStateDbg_responseAdapter_count_EN =
	     EN_portalIfc_indications_1_deq ;

  // register reportStateDbg_responseAdapter_notEmptyReg
  assign reportStateDbg_responseAdapter_notEmptyReg_D_IN =
	     !MUX_reportStateDbg_responseAdapter_notEmptyReg_write_1__SEL_1 ;
  assign reportStateDbg_responseAdapter_notEmptyReg_EN =
	     EN_portalIfc_indications_1_deq &&
	     reportStateDbg_responseAdapter_count == 2'd3 ||
	     EN_methods_reportStateDbg_enq ;

  // register reportStateDbg_responseAdapter_shift
  assign reportStateDbg_responseAdapter_shift_D_IN =
	     reportStateDbg_responseAdapter_shift + 8'd32 ;
  assign reportStateDbg_responseAdapter_shift_EN =
	     MUX_reportStateDbg_responseAdapter_bits_write_1__SEL_1 ;

  // remaining internal signals
  assign IF_reportStateDbg_responseAdapter_notEmptyReg__ETC___d58 =
	     reportStateDbg_responseAdapter_notEmptyReg ?
	       32'd1 :
	       (reportMemoryTraffic_responseAdapter_notEmptyReg ?
		  32'd2 :
		  (error_responseAdapter_notEmptyReg ?
		     32'd3 :
		     32'hFFFFFFFF)) ;
  assign x__h1305 = addrResponse_responseAdapter_count + 1'd1 ;
  assign x__h1465 = reportStateDbg_responseAdapter_count + 2'd1 ;
  assign x__h1624 = reportMemoryTraffic_responseAdapter_count + 1'd1 ;
  assign x__h1783 = error_responseAdapter_count + 3'd1 ;

  // handling of inlined registers

  always@(posedge CLK)
  begin
    if (RST_N == `BSV_RESET_VALUE)
      begin
        addrResponse_responseAdapter_bits <= `BSV_ASSIGNMENT_DELAY 64'd0;
	addrResponse_responseAdapter_count <= `BSV_ASSIGNMENT_DELAY 1'd0;
	addrResponse_responseAdapter_notEmptyReg <= `BSV_ASSIGNMENT_DELAY
	    1'd0;
	addrResponse_responseAdapter_shift <= `BSV_ASSIGNMENT_DELAY 7'd0;
	error_responseAdapter_bits <= `BSV_ASSIGNMENT_DELAY 192'd0;
	error_responseAdapter_count <= `BSV_ASSIGNMENT_DELAY 3'd0;
	error_responseAdapter_notEmptyReg <= `BSV_ASSIGNMENT_DELAY 1'd0;
	error_responseAdapter_shift <= `BSV_ASSIGNMENT_DELAY 9'd0;
	reportMemoryTraffic_responseAdapter_bits <= `BSV_ASSIGNMENT_DELAY
	    64'd0;
	reportMemoryTraffic_responseAdapter_count <= `BSV_ASSIGNMENT_DELAY
	    1'd0;
	reportMemoryTraffic_responseAdapter_notEmptyReg <= `BSV_ASSIGNMENT_DELAY
	    1'd0;
	reportMemoryTraffic_responseAdapter_shift <= `BSV_ASSIGNMENT_DELAY
	    7'd0;
	reportStateDbg_responseAdapter_bits <= `BSV_ASSIGNMENT_DELAY 128'd0;
	reportStateDbg_responseAdapter_count <= `BSV_ASSIGNMENT_DELAY 2'd0;
	reportStateDbg_responseAdapter_notEmptyReg <= `BSV_ASSIGNMENT_DELAY
	    1'd0;
	reportStateDbg_responseAdapter_shift <= `BSV_ASSIGNMENT_DELAY 8'd0;
      end
    else
      begin
        if (addrResponse_responseAdapter_bits_EN)
	  addrResponse_responseAdapter_bits <= `BSV_ASSIGNMENT_DELAY
	      addrResponse_responseAdapter_bits_D_IN;
	if (addrResponse_responseAdapter_count_EN)
	  addrResponse_responseAdapter_count <= `BSV_ASSIGNMENT_DELAY
	      addrResponse_responseAdapter_count_D_IN;
	if (addrResponse_responseAdapter_notEmptyReg_EN)
	  addrResponse_responseAdapter_notEmptyReg <= `BSV_ASSIGNMENT_DELAY
	      addrResponse_responseAdapter_notEmptyReg_D_IN;
	if (addrResponse_responseAdapter_shift_EN)
	  addrResponse_responseAdapter_shift <= `BSV_ASSIGNMENT_DELAY
	      addrResponse_responseAdapter_shift_D_IN;
	if (error_responseAdapter_bits_EN)
	  error_responseAdapter_bits <= `BSV_ASSIGNMENT_DELAY
	      error_responseAdapter_bits_D_IN;
	if (error_responseAdapter_count_EN)
	  error_responseAdapter_count <= `BSV_ASSIGNMENT_DELAY
	      error_responseAdapter_count_D_IN;
	if (error_responseAdapter_notEmptyReg_EN)
	  error_responseAdapter_notEmptyReg <= `BSV_ASSIGNMENT_DELAY
	      error_responseAdapter_notEmptyReg_D_IN;
	if (error_responseAdapter_shift_EN)
	  error_responseAdapter_shift <= `BSV_ASSIGNMENT_DELAY
	      error_responseAdapter_shift_D_IN;
	if (reportMemoryTraffic_responseAdapter_bits_EN)
	  reportMemoryTraffic_responseAdapter_bits <= `BSV_ASSIGNMENT_DELAY
	      reportMemoryTraffic_responseAdapter_bits_D_IN;
	if (reportMemoryTraffic_responseAdapter_count_EN)
	  reportMemoryTraffic_responseAdapter_count <= `BSV_ASSIGNMENT_DELAY
	      reportMemoryTraffic_responseAdapter_count_D_IN;
	if (reportMemoryTraffic_responseAdapter_notEmptyReg_EN)
	  reportMemoryTraffic_responseAdapter_notEmptyReg <= `BSV_ASSIGNMENT_DELAY
	      reportMemoryTraffic_responseAdapter_notEmptyReg_D_IN;
	if (reportMemoryTraffic_responseAdapter_shift_EN)
	  reportMemoryTraffic_responseAdapter_shift <= `BSV_ASSIGNMENT_DELAY
	      reportMemoryTraffic_responseAdapter_shift_D_IN;
	if (reportStateDbg_responseAdapter_bits_EN)
	  reportStateDbg_responseAdapter_bits <= `BSV_ASSIGNMENT_DELAY
	      reportStateDbg_responseAdapter_bits_D_IN;
	if (reportStateDbg_responseAdapter_count_EN)
	  reportStateDbg_responseAdapter_count <= `BSV_ASSIGNMENT_DELAY
	      reportStateDbg_responseAdapter_count_D_IN;
	if (reportStateDbg_responseAdapter_notEmptyReg_EN)
	  reportStateDbg_responseAdapter_notEmptyReg <= `BSV_ASSIGNMENT_DELAY
	      reportStateDbg_responseAdapter_notEmptyReg_D_IN;
	if (reportStateDbg_responseAdapter_shift_EN)
	  reportStateDbg_responseAdapter_shift <= `BSV_ASSIGNMENT_DELAY
	      reportStateDbg_responseAdapter_shift_D_IN;
      end
  end

  // synopsys translate_off
  `ifdef BSV_NO_INITIAL_BLOCKS
  `else // not BSV_NO_INITIAL_BLOCKS
  initial
  begin
    addrResponse_responseAdapter_bits = 64'hAAAAAAAAAAAAAAAA;
    addrResponse_responseAdapter_count = 1'h0;
    addrResponse_responseAdapter_notEmptyReg = 1'h0;
    addrResponse_responseAdapter_shift = 7'h2A;
    error_responseAdapter_bits =
	192'hAAAAAAAAAAAAAAAAAAAAAAAAAAAAAAAAAAAAAAAAAAAAAAAA;
    error_responseAdapter_count = 3'h2;
    error_responseAdapter_notEmptyReg = 1'h0;
    error_responseAdapter_shift = 9'h0AA;
    reportMemoryTraffic_responseAdapter_bits = 64'hAAAAAAAAAAAAAAAA;
    reportMemoryTraffic_responseAdapter_count = 1'h0;
    reportMemoryTraffic_responseAdapter_notEmptyReg = 1'h0;
    reportMemoryTraffic_responseAdapter_shift = 7'h2A;
    reportStateDbg_responseAdapter_bits =
	128'hAAAAAAAAAAAAAAAAAAAAAAAAAAAAAAAA;
    reportStateDbg_responseAdapter_count = 2'h2;
    reportStateDbg_responseAdapter_notEmptyReg = 1'h0;
    reportStateDbg_responseAdapter_shift = 8'hAA;
  end
  `endif // BSV_NO_INITIAL_BLOCKS
  // synopsys translate_on
endmodule  // mkMemServerIndicationOutputPipes